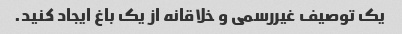
یک توصیف غیررسمی و خلاقانه از یک باغ ایجاد کنید.